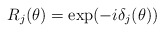
\begin{align*}R_{j}(\theta )=\exp (-i\delta _{j}(\theta )) \end{align*}